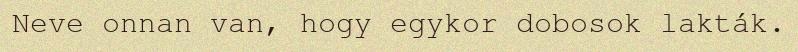
Neve onnan van, hogy egykor dobosok lakták.